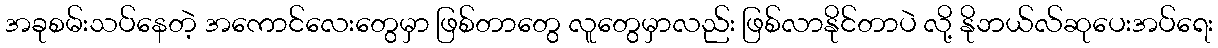
အခုစမ်းသပ်နေတဲ့ အကောင်လေးတွေမှာ ဖြစ်တာတွေ လူတွေမှာလည်း ဖြစ်လာနိုင်တာပဲ လို့ နိုဘယ်လ်ဆုပေးအပ်ရေး